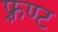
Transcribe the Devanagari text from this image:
फ़्रण्ट